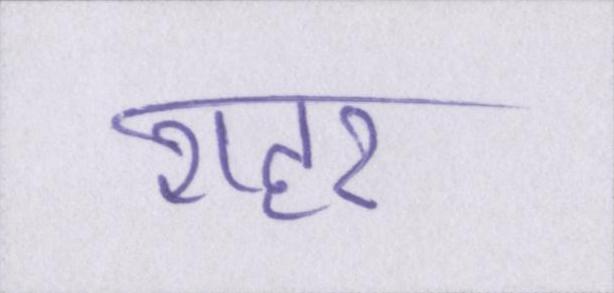
शहर